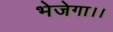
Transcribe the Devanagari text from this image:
भेजेगा।।